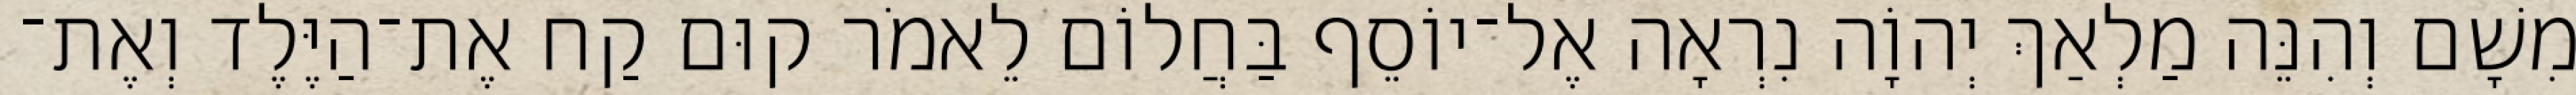
מִשָׁם וְהִנֵּה מַלְאַךְ יְהוָֹה נִרְאָה אֶל־יוֹסֵף בַּחֲלוֹם לֵאמֹר קוּם קַח אֶת־הַיֶּלֶד וְאֶת־